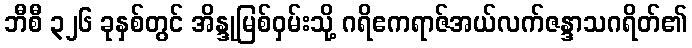
ဘီစီ ၃၂၆ ခုနှစ်တွင် အိန္ဒုမြစ်ဝှမ်းသို့ ဂရိဧကရာဇ်အယ်လက်ဇန္ဒာသဂရိတ်၏